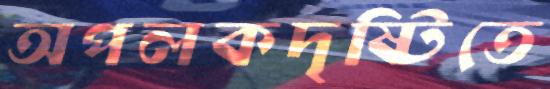
অপলকদৃষ্টিতে